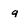
Character: q